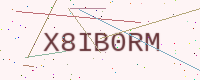
Text: X8IB0RM